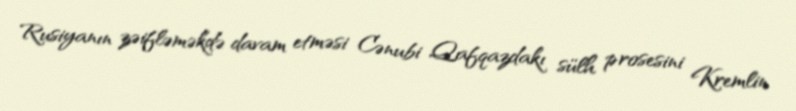
Rusiyanın zəifləməkdə davam etməsi Cənubi Qafqazdakı sülh prosesini Kremlin